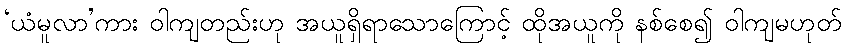
‘ယံမူလာ’ကား ဝါကျတည်းဟု အယူရှိရာသောကြောင့် ထိုအယူကို နစ်စေ၍ ဝါကျမဟုတ်